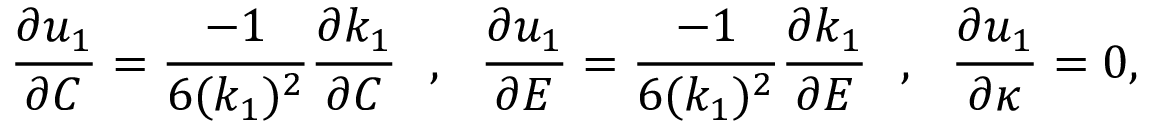
\frac { \partial u _ { 1 } } { \partial C } = \frac { - 1 } { 6 ( k _ { 1 } ) ^ { 2 } } \frac { \partial k _ { 1 } } { \partial C } ~ ~ , ~ ~ \frac { \partial u _ { 1 } } { \partial E } = \frac { - 1 } { 6 ( k _ { 1 } ) ^ { 2 } } \frac { \partial k _ { 1 } } { \partial E } ~ ~ , ~ ~ \frac { \partial u _ { 1 } } { \partial \kappa } = 0 ,